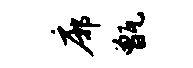
廓甑